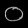
Digit: ၀